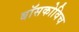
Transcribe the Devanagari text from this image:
बॉसकोविच